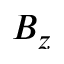
B _ { z }